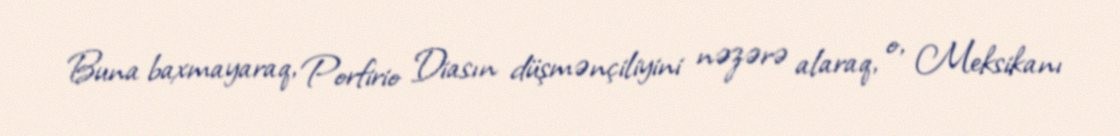
Buna baxmayaraq, Porfirio Diasın düşmənçiliyini nəzərə alaraq, o, Meksikanı